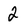
Character: 2